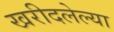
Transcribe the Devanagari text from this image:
खरीदलेल्या